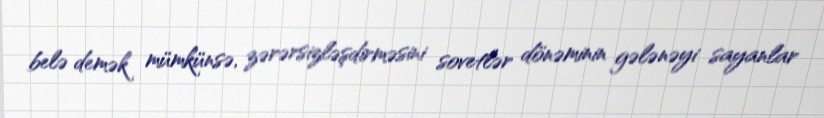
belə demək mümkünsə, zərərsizləşdirməsini sovetlər dönəminin gələnəyi sayanlar